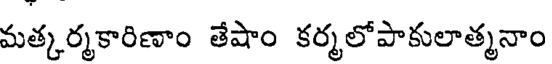
మత్కర్మకారిణాం తేషాం కర్మలోపాకులాత్మనాం